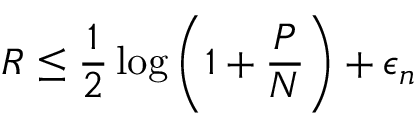
R \leq { \frac { 1 } { 2 } } \log \left( 1 + { \frac { P } { N } } \right) + \epsilon _ { n }